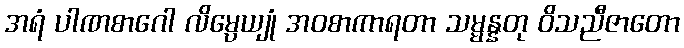
အရံ ပါဏစာဂေါ လိမ္ပေယျုံ အဝစာကာရတာ သမ္မန္နတု ဝိသညီဇာတော